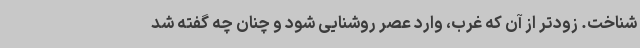
شناخت. زودتر از آن که غرب، وارد عصر روشنایی شود و چنان چه گفته شد